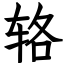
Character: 辂